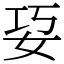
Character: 㚽